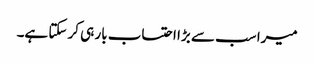
میرا سب سے بڑا احتساب بار ہی کر سکتا ہے۔